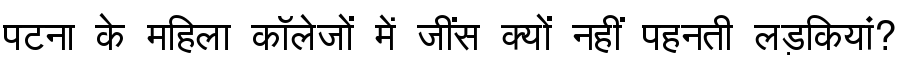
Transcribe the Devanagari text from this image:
पटना के महिला कॉलेजों में जींस क्यों नहीं पहनती लड़कियां?